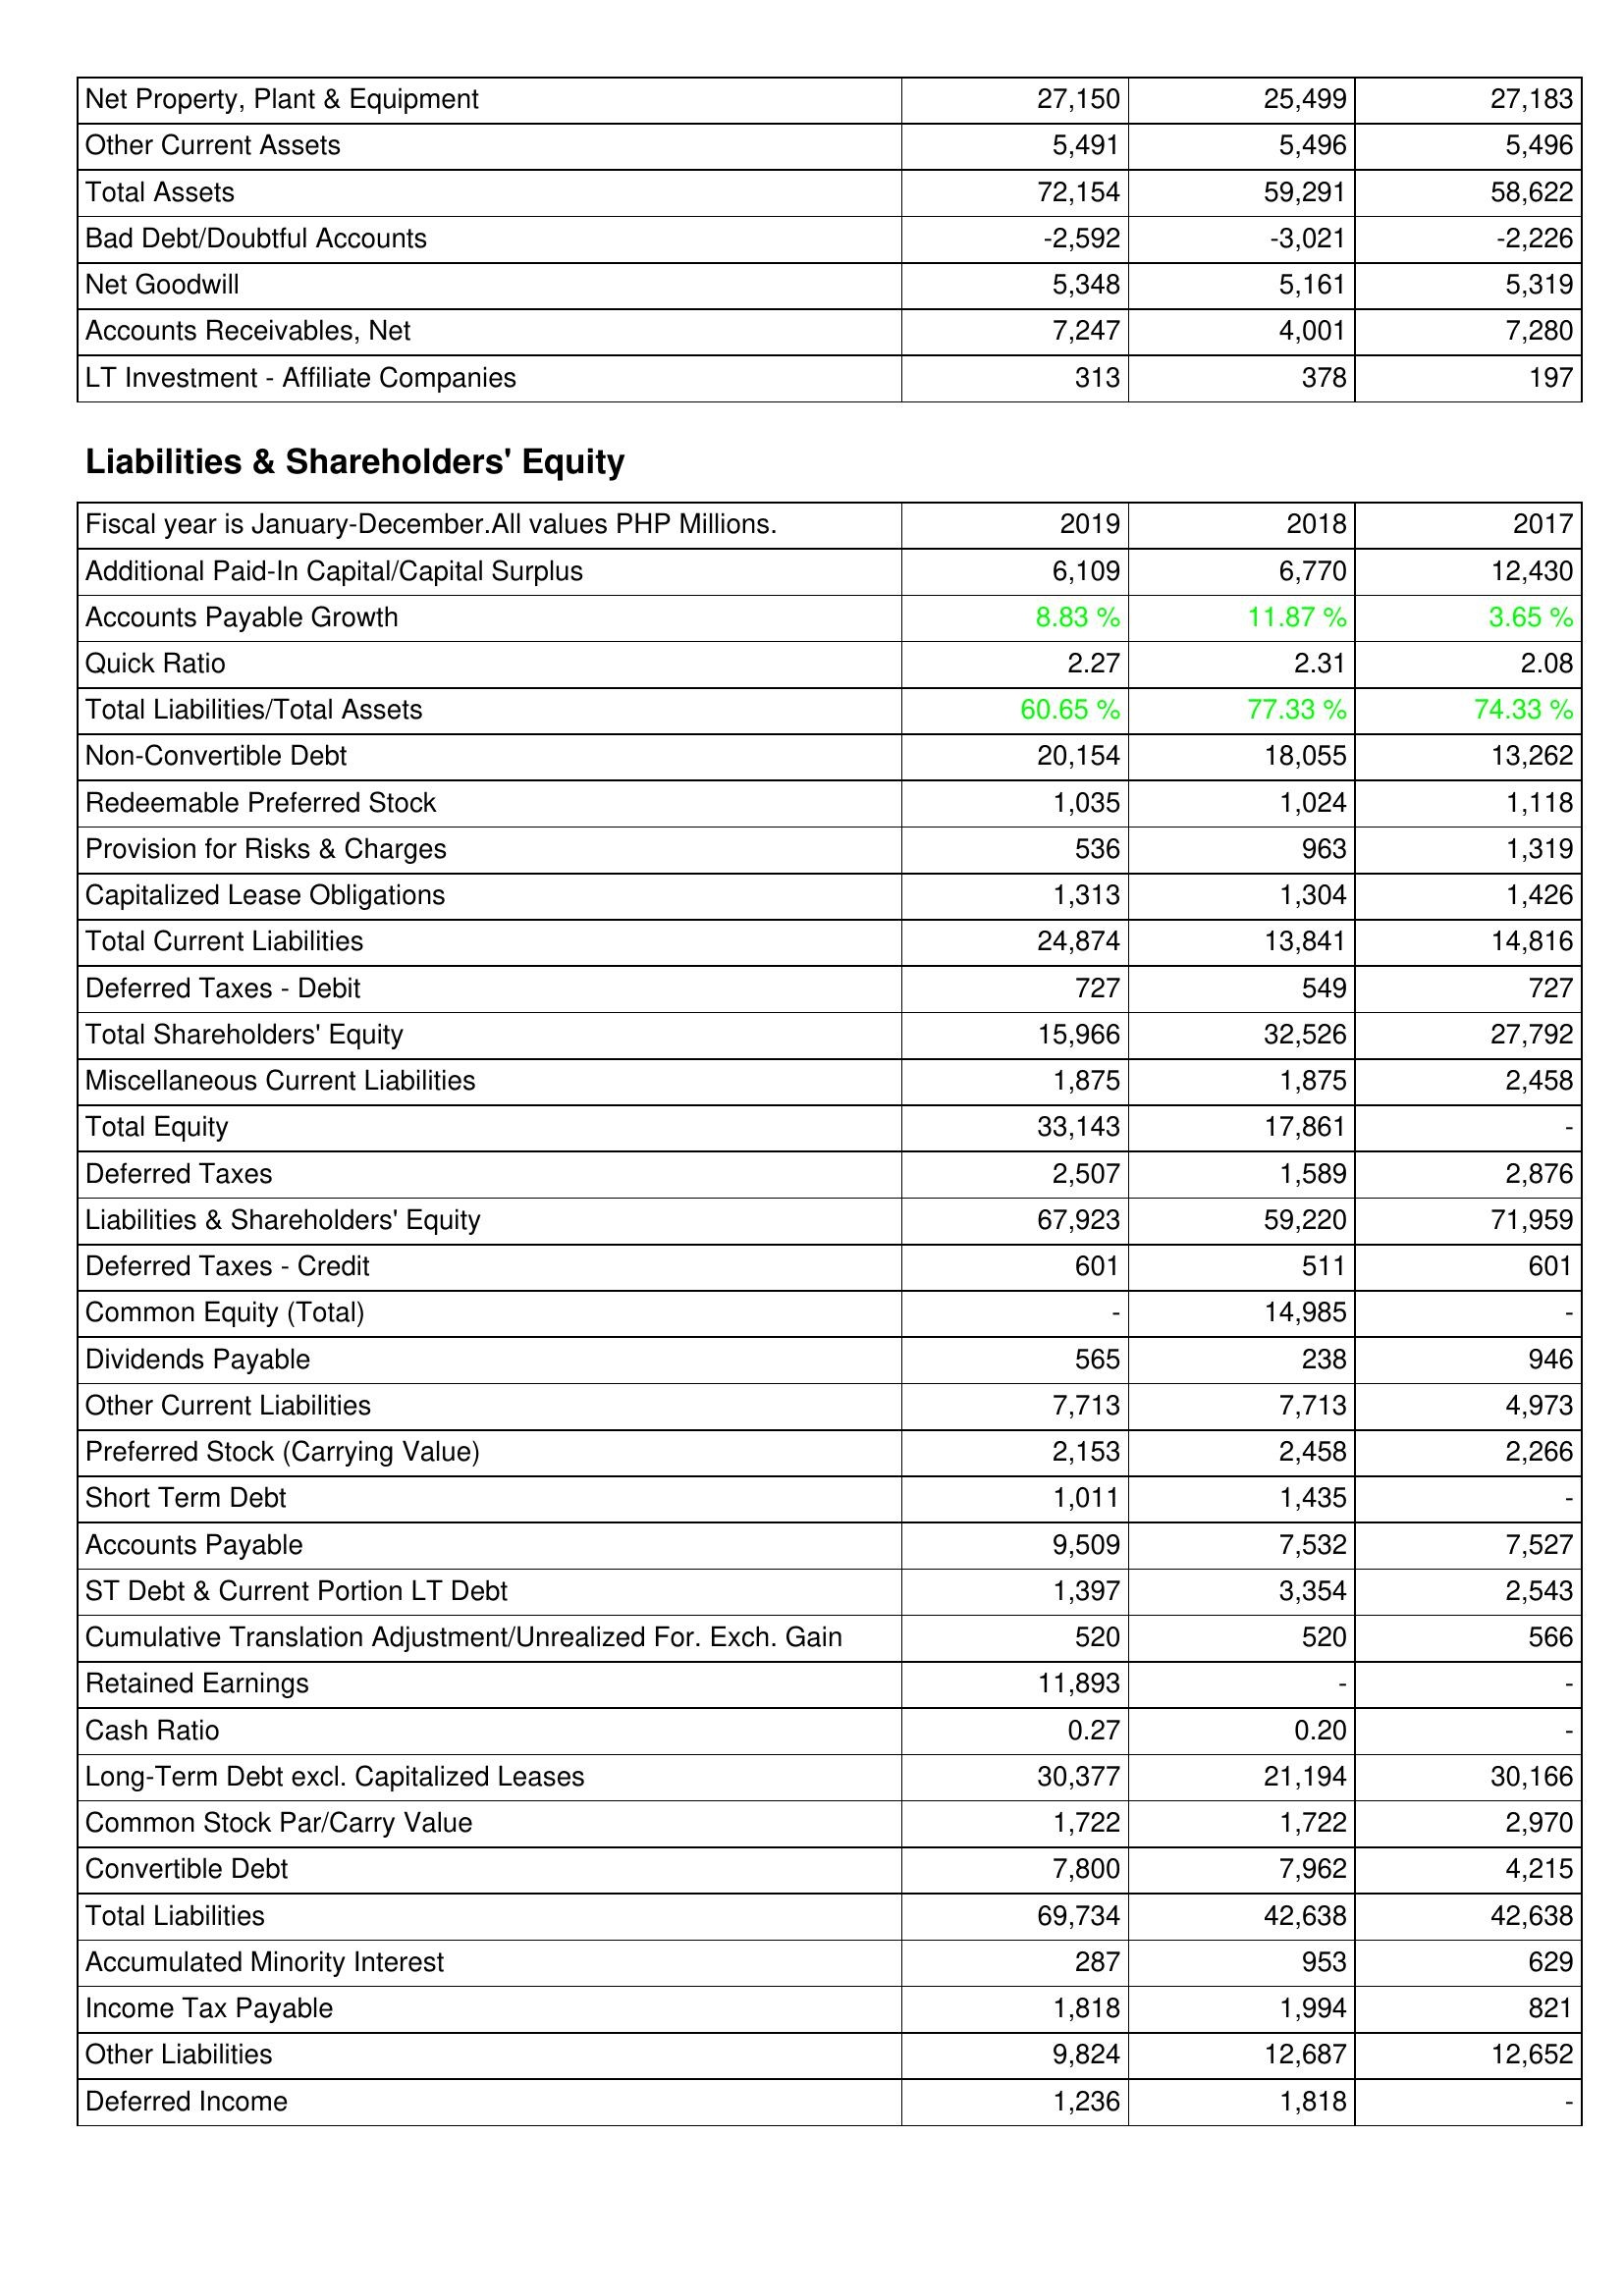
2019: Assets: Net Property, Plant & Equipment: 27,150
Other Current Assets: 5,491
Total Assets: 72,154
Bad Debt/Doubtful Accounts: -2,592
Net Goodwill: 5,348
Accounts Receivables, Net: 7,247
LT Investment - Affiliate Companies: 313
Liabilities & Shareholders' Equity: Additional Paid-In Capital/Capital Surplus: 6,109
Accounts Payable Growth: 8.83 %
Quick Ratio: 2.27
Total Liabilities/Total Assets: 60.65 %
Non-Convertible Debt: 20,154
Redeemable Preferred Stock: 1,035
Provision for Risks & Charges: 536
Capitalized Lease Obligations: 1,313
Total Current Liabilities: 24,874
Deferred Taxes - Debit: 727
Total Shareholders' Equity: 15,966
Miscellaneous Current Liabilities: 1,875
Total Equity: 33,143
Deferred Taxes: 2,507
Liabilities & Shareholders' Equity: 67,923
Deferred Taxes - Credit: 601
Common Equity (Total): -
Dividends Payable: 565
Other Current Liabilities: 7,713
Preferred Stock (Carrying Value): 2,153
Short Term Debt: 1,011
Accounts Payable: 9,509
ST Debt & Current Portion LT Debt: 1,397
Cumulative Translation Adjustment/Unrealized For. Exch. Gain: 520
Retained Earnings: 11,893
Cash Ratio: 0.27
Long-Term Debt excl. Capitalized Leases: 30,377
Common Stock Par/Carry Value: 1,722
Convertible Debt: 7,800
Total Liabilities: 69,734
Accumulated Minority Interest: 287
Income Tax Payable: 1,818
Other Liabilities: 9,824
Deferred Income: 1,236
2018: Assets: Net Property, Plant & Equipment: 25,499
Other Current Assets: 5,496
Total Assets: 59,291
Bad Debt/Doubtful Accounts: -3,021
Net Goodwill: 5,161
Accounts Receivables, Net: 4,001
LT Investment - Affiliate Companies: 378
Liabilities & Shareholders' Equity: Additional Paid-In Capital/Capital Surplus: 6,770
Accounts Payable Growth: 11.87 %
Quick Ratio: 2.31
Total Liabilities/Total Assets: 77.33 %
Non-Convertible Debt: 18,055
Redeemable Preferred Stock: 1,024
Provision for Risks & Charges: 963
Capitalized Lease Obligations: 1,304
Total Current Liabilities: 13,841
Deferred Taxes - Debit: 549
Total Shareholders' Equity: 32,526
Miscellaneous Current Liabilities: 1,875
Total Equity: 17,861
Deferred Taxes: 1,589
Liabilities & Shareholders' Equity: 59,220
Deferred Taxes - Credit: 511
Common Equity (Total): 14,985
Dividends Payable: 238
Other Current Liabilities: 7,713
Preferred Stock (Carrying Value): 2,458
Short Term Debt: 1,435
Accounts Payable: 7,532
ST Debt & Current Portion LT Debt: 3,354
Cumulative Translation Adjustment/Unrealized For. Exch. Gain: 520
Retained Earnings: -
Cash Ratio: 0.20
Long-Term Debt excl. Capitalized Leases: 21,194
Common Stock Par/Carry Value: 1,722
Convertible Debt: 7,962
Total Liabilities: 42,638
Accumulated Minority Interest: 953
Income Tax Payable: 1,994
Other Liabilities: 12,687
Deferred Income: 1,818
2017: Assets: Net Property, Plant & Equipment: 27,183
Other Current Assets: 5,496
Total Assets: 58,622
Bad Debt/Doubtful Accounts: -2,226
Net Goodwill: 5,319
Accounts Receivables, Net: 7,280
LT Investment - Affiliate Companies: 197
Liabilities & Shareholders' Equity: Additional Paid-In Capital/Capital Surplus: 12,430
Accounts Payable Growth: 3.65 %
Quick Ratio: 2.08
Total Liabilities/Total Assets: 74.33 %
Non-Convertible Debt: 13,262
Redeemable Preferred Stock: 1,118
Provision for Risks & Charges: 1,319
Capitalized Lease Obligations: 1,426
Total Current Liabilities: 14,816
Deferred Taxes - Debit: 727
Total Shareholders' Equity: 27,792
Miscellaneous Current Liabilities: 2,458
Total Equity: -
Deferred Taxes: 2,876
Liabilities & Shareholders' Equity: 71,959
Deferred Taxes - Credit: 601
Common Equity (Total): -
Dividends Payable: 946
Other Current Liabilities: 4,973
Preferred Stock (Carrying Value): 2,266
Short Term Debt: -
Accounts Payable: 7,527
ST Debt & Current Portion LT Debt: 2,543
Cumulative Translation Adjustment/Unrealized For. Exch. Gain: 566
Retained Earnings: -
Cash Ratio: -
Long-Term Debt excl. Capitalized Leases: 30,166
Common Stock Par/Carry Value: 2,970
Convertible Debt: 4,215
Total Liabilities: 42,638
Accumulated Minority Interest: 629
Income Tax Payable: 821
Other Liabilities: 12,652
Deferred Income: -